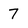
Character: 7